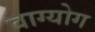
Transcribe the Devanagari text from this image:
वाग्योग